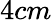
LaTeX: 4cm